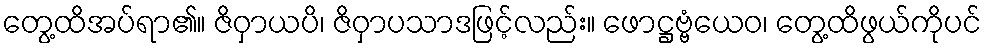
တွေ့ထိအပ်ရာ၏။ ဇိဝှာယပိ၊ ဇိဝှာပသာဒဖြင့်လည်း။ ဖောဋ္ဌဗ္ဗံယေဝ၊ တွေ့ထိဖွယ်ကိုပင်